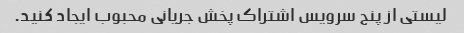
لیستی از پنج سرویس اشتراک پخش جریانی محبوب ایجاد کنید.